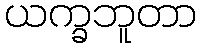
ယက္ခဘူတာ